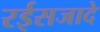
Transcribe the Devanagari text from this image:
रईसजादे